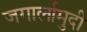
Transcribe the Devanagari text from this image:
जगार्लामुदी